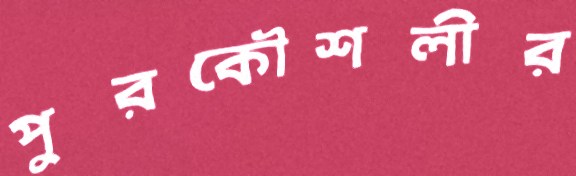
পুরকৌশলীর